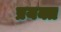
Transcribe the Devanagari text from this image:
प्रयक्त